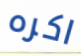
اكره